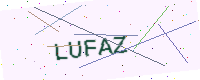
Text: LUFAZ